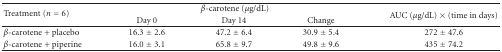
| <ROWSPAN=2> Treatment (n = 6) | <COLSPAN=3> β-carotene (μg/dL) | AUC (μg/dL) × (time in days) |
 | Day 0 | Day 14 | Change |
 | --- | --- | --- | --- | --- |
 | β-carotene + placebo | 16.3 ± 2.6 | 47.2 ± 6.4 | 30.9 ± 5.4 | 272 ± 47.6 |
 | β-carotene + piperine | 16.0 ± 3.1 | 65.8 ± 9.7 | 49.8 ± 9.6 | 435 ± 74.2 |